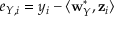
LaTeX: e _ { Y , i } = y _ { i } - \langle \mathbf { w } _ { Y } ^ { * } , \mathbf { z } _ { i } \rangle